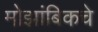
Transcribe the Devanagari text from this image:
मोझांबिकचे